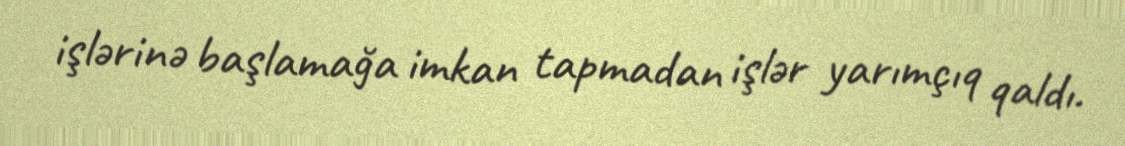
işlərinə başlamağa imkan tapmadan işlər yarımçıq qaldı.